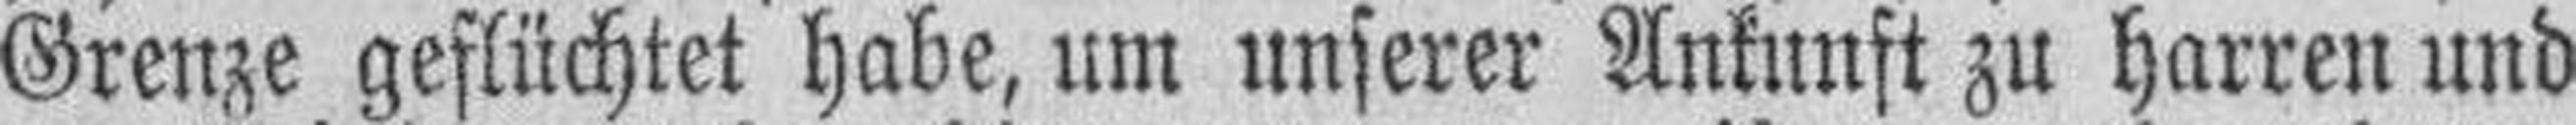
Grenze geflüchtet habe, um unserer Ankunft zu harren und